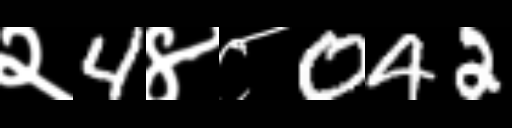
Text: २4४८042